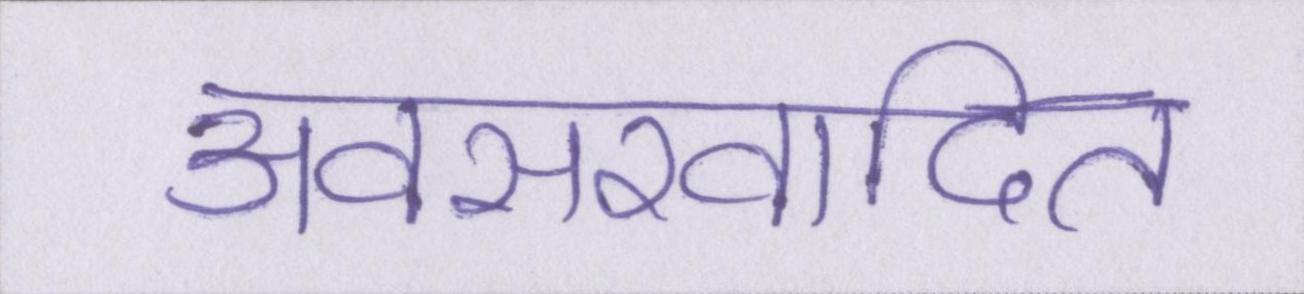
अवसरवादित